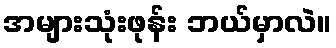
အများသုံးဖုန်း ဘယ်မှာလဲ။